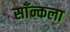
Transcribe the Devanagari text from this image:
साँन्कला